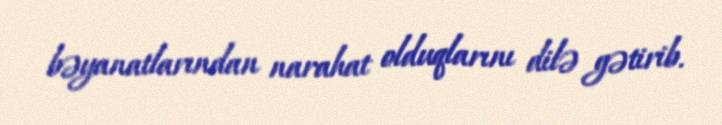
bəyanatlarından narahat olduqlarını dilə gətirib.